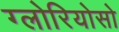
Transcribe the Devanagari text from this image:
ग्लोरियोसो